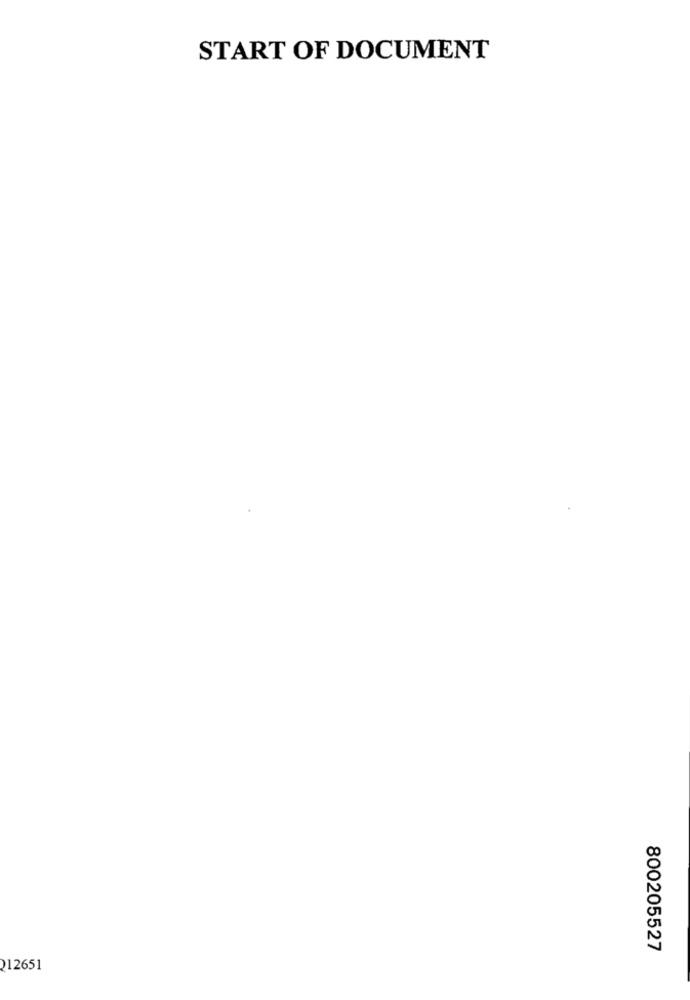
START OF DOCUMENT
800205527
212651